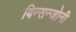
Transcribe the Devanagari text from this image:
विन्सन्जोनी